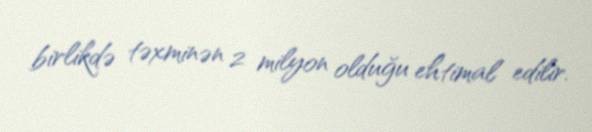
birlikdə təxminən 2 milyon olduğu ehtimal edilir.